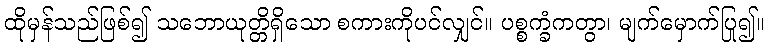
ထိုမှန်သည်ဖြစ်၍ သဘောယုတ္တိရှိသော စကားကိုပင်လျှင်။ ပစ္စက္ခံကတွာ၊ မျက်မှောက်ပြု၍။